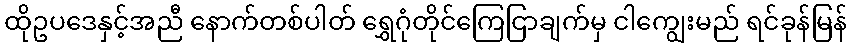
ထိုဥပဒေနှင့်အညီ နောက်တစ်ပါတ် ရွှေဂုံတိုင်ကြေငြာချက်မှ ငါကျွေးမည် ရင်ခုန်မြန်